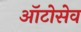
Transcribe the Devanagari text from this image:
ऑटोसेव